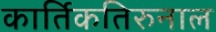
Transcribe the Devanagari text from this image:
कार्तिकतिरुनाल